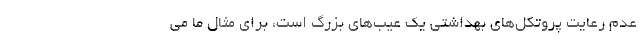
عدم رعایت پروتکل‌های بهداشتی یک عیب‌های بزرگ است، برای مثال ما می